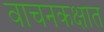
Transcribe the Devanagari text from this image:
वाचनकक्षात